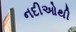
નદીઓથી